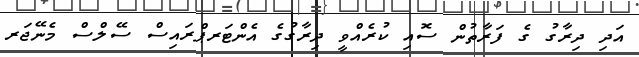
އަދި ދިރާގު ގެ ފަރާތުން ސޮއި ކުރެއްވީ ދިރާގުގެ އެންޓަރޕްރައިސް ސޭލްސް މެނޭޖަރ